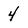
Character: 4